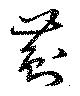
薊